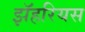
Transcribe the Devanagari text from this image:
झॅहरियस